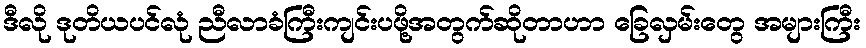
ဒီလို ဒုတိယပင်လုံ ညီလာခံကြီးကျင်းပဖို့အတွက်ဆိုတာဟာ ခြေလှမ်းတွေ အများကြီး